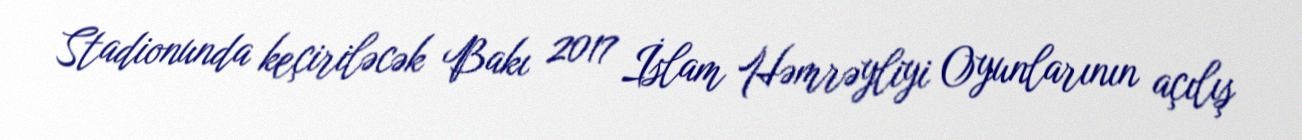
Stadionunda keçiriləcək Bakı 2017 İslam Həmrəyliyi Oyunlarının açılış